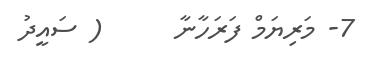
7- މަރިޔަމް ފަރަހާނާ      ( ސައީދު